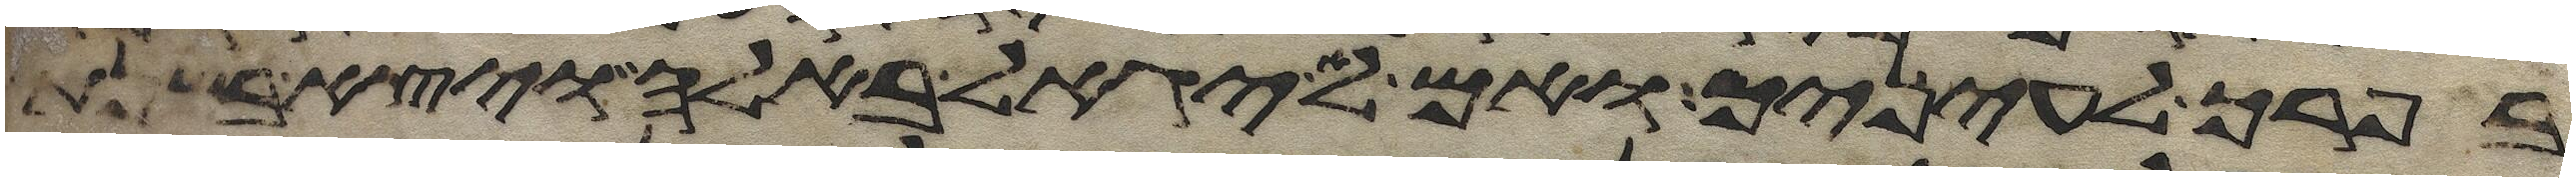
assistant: בפרך לעיניך ואם לא יגאל באלה ויצא בשנת